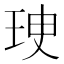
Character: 㻀